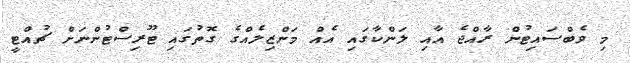
މި ވެބްސައިޓުން ރާއްޖެ އާއި ލަންކާގައި އެއް މަންޒިލެއްގެ ގޮތުގައި ޓޫރިސްޓުންނަށް ޗުއްޓީ